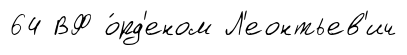
64 ВФ о́рд'еном Л'еонтьев'ич